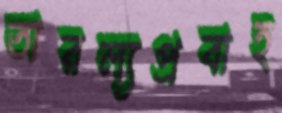
তারল্যপ্রবাহ